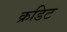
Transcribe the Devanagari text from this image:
क्रडिट